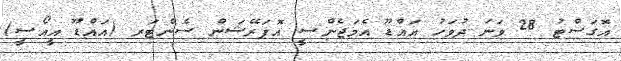
އޮގަސްޓު 28 ވަނަ ދުވަހު އައްޑޫ އެމަޖެންސީ އޮޕަރޭޝަން ސެންޓަރ (އައްޑޫ އީއޯސީ)